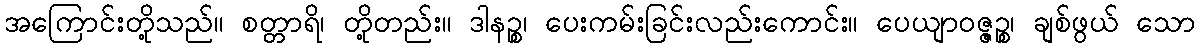
အကြောင်းတို့သည်။ စတ္တာရိ၊ တို့တည်း။ ဒါနဉ္စ၊ ပေးကမ်းခြင်းလည်းကောင်း။ ပေယျာဝဇ္ဇဉ္စ၊ ချစ်ဖွယ် သော